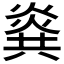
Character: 𰟎